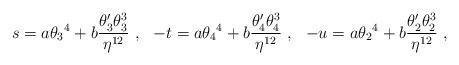
LaTeX: \begin{align*}s = a {\theta_3}^4 + b{\theta_3^\prime\theta_3^3 \over \eta^{12}} \ , \ \ -t= a {\theta_4}^4 + b{\theta_4^\prime\theta_4^3 \over \eta^{12}}\ , \ \ -u = a {\theta_2}^4+ b {\theta_2^\prime\theta_2^3 \over \eta^{12}} \ ,\end{align*}